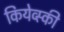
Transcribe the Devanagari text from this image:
कियेव्स्की